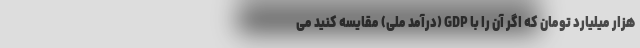
هزار میلیارد تومان که اگر آن را با GDP (درآمد ملی) مقایسه کنید می